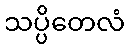
သပ္ပိတေလံ